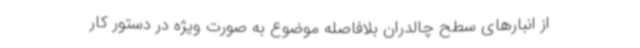
از انبارهای سطح چالدران بلافاصله موضوع به صورت ویژه در دستور کار